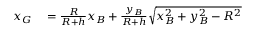
\begin{array} { r l } { x _ { G } } & { { } = \frac { R } { R + h } x _ { B } + \frac { y _ { B } } { R + h } \sqrt { x _ { B } ^ { 2 } + y _ { B } ^ { 2 } - R ^ { 2 } } } \end{array}